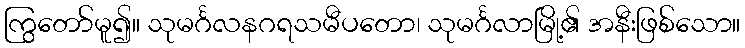
ကြွတော်မူ၍။ သုမင်္ဂလနဂရသမီပတော၊ သုမင်္ဂလာမြို့၏ အနီးဖြစ်သော။